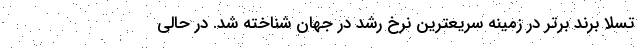
تسلا برند برتر در زمینه سریعترین نرخ رشد در جهان شناخته شد. در حالی